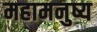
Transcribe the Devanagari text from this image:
महामनुष्य